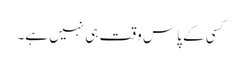
کسی کے پاس وقت ہی نہیں ہے۔